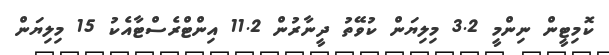
ކޮމިޓީން ނިންމީ 3.2 މިލިޔަން ކުވޭތު ދީނާރުން 11.2 އިންޓްރެސްޓާއެކު 15 މިލިޔަން